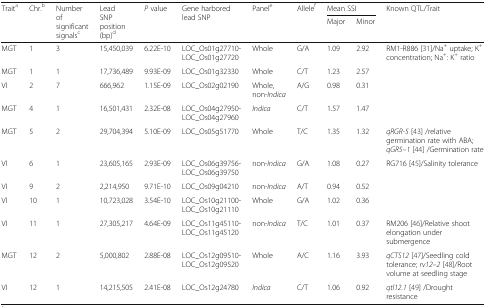
<table><thead><tr><td rowspan="2"><b>Trait<sup>a</sup></b></td><td rowspan="2"><b>Chr.<sup>b</sup></b></td><td rowspan="2"><b>Number of significant signals<sup>c</sup></b></td><td rowspan="2"><b>Lead SNP position (bp)<sup>d</sup></b></td><td rowspan="2"><b><i>P</i> value</b></td><td rowspan="2"><b>Gene harbored lead SNP</b></td><td rowspan="2"><b>Panel<sup>e</sup></b></td><td rowspan="2"><b>Allele<sup>f</sup></b></td><td colspan="2"><b>Mean SSI</b></td><td rowspan="2"><b>Known QTL/Trait</b></td></tr><tr><td><b>Major</b></td><td><b>Minor</b></td></tr></thead><tbody><tr><td>MGT</td><td>1</td><td>3</td><td>15,450,039</td><td>6.22E-10</td><td>LOC_Os01g27710-LOC_Os01g27720</td><td>Whole</td><td>G/A</td><td>1.09</td><td>2.92</td><td rowspan="2">RM1-R886 [31]/Na<sup>+</sup> uptake; K<sup>+</sup> concentration; Na<sup>+</sup>: K<sup>+</sup> ratio</td></tr><tr><td>MGT</td><td>1</td><td>1</td><td>17,736,489</td><td>9.93E-09</td><td>LOC_Os01g32330</td><td>Whole</td><td>C/T</td><td>1.23</td><td>2.57</td></tr><tr><td>VI</td><td>2</td><td>7</td><td>666,962</td><td>1.15E-09</td><td>LOC_Os02g02190</td><td>Whole, non-<i>Indica</i></td><td>A/G</td><td>0.98</td><td>0.31</td><td></td></tr><tr><td>MGT</td><td>4</td><td>1</td><td>16,501,431</td><td>2.32E-08</td><td>LOC_Os04g27950-LOC_Os04g27960</td><td><i>Indica</i></td><td>C/T</td><td>1.57</td><td>1.47</td><td></td></tr><tr><td>MGT</td><td>5</td><td>2</td><td>29,704,394</td><td>5.10E-09</td><td>LOC_Os05g51770</td><td>Whole</td><td>T/C</td><td>1.35</td><td>1.32</td><td><i>qRGR-5</i> [43] /relative germination rate with ABA; <i>qGR5–1</i> [44] /Germination rate</td></tr><tr><td>VI</td><td>6</td><td>1</td><td>23,605,165</td><td>2.93E-09</td><td>LOC_Os06g39756-LOC_Os06g39750</td><td>non-<i>Indica</i></td><td>G/A</td><td>1.08</td><td>0.27</td><td>RG716 [45]/Salinity tolerance</td></tr><tr><td>VI</td><td>9</td><td>2</td><td>2,214,950</td><td>9.71E-10</td><td>LOC_Os09g04210</td><td>non-<i>Indica</i></td><td>A/T</td><td>0.94</td><td>0.52</td><td></td></tr><tr><td>VI</td><td>10</td><td>1</td><td>10,723,028</td><td>3.54E-10</td><td>LOC_Os10g21100-LOC_Os10g21110</td><td>Whole</td><td>G/A</td><td>1.02</td><td>0.36</td><td></td></tr><tr><td>VI</td><td>11</td><td>1</td><td>27,305,217</td><td>4.64E-09</td><td>LOC_Os11g45110-LOC_Os11g45120</td><td>non-<i>Indica</i></td><td>T/C</td><td>1.01</td><td>0.37</td><td>RM206 [46]/Relative shoot elongation under submergence</td></tr><tr><td>MGT</td><td>12</td><td>2</td><td>5,000,802</td><td>2.88E-08</td><td>LOC_Os12g09510-LOC_Os12g09520</td><td>Whole</td><td>A/C</td><td>1.16</td><td>3.93</td><td><i>qCTS12</i> [47]/Seedling cold tolerance; <i>rv12–2</i> [48]/Root volume at seedling stage</td></tr><tr><td>VI</td><td>12</td><td>1</td><td>14,215,505</td><td>2.41E-08</td><td>LOC_Os12g24780</td><td><i>Indica</i></td><td>C/T</td><td>1.06</td><td>0.92</td><td><i>qtl12.1</i> [49] /Drought resistance</td></tr></tbody></table>